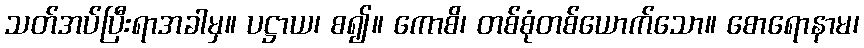
သတ်အပ်ပြီးရာအခါမှ။ ပဋ္ဌာယ၊ စ၍။ ကောစိ၊ တစ်စုံတစ်ယောက်သော။ စောရောနာမ၊